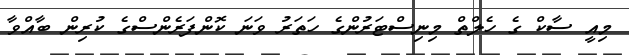
މިއީ ސާކް ގެ ހެލްތް މިނިސްޓަރުންގެ ހަތަރު ވަނަ ކޮންފަރެންސްގެ ކުރިން ބާއްވާ